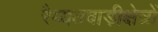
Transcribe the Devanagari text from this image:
रैय्यतवाड़ीक्षेत्रों